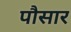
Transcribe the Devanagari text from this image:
पौसार